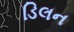
ડિલન